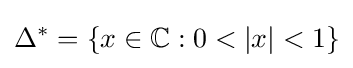
\Delta ^{*}=\{x\in \mathbb {C} :0<|x|<1\}